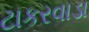
ટાકરવાડા